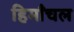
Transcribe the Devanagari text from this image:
हिमाँचल